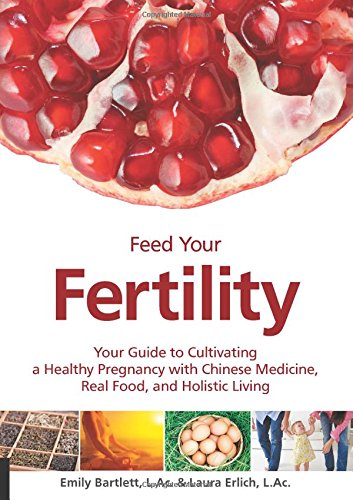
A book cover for Feed Your Fertility: Your Guide to Cultivating a Healthy Pregnancy with Chinese Medicine, Real Food, and Holistic Living; Emily Bartlett; Parenting & Relationships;